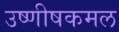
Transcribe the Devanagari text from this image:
उष्णीषकमल